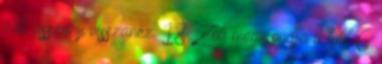
vak asszony visszanéz. 18 Zoli megmondja a tutit 6